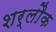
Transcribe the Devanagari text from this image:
शर्लौक